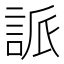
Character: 𮘌